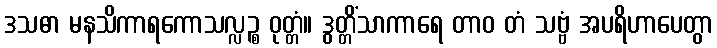
ဒသဓာ မနသိကာရကောသလ္လဉ္စ ဝုတ္တံ။ ဒွတ္တိံသာကာရေ တာဝ တံ သဗ္ဗံ အပရိဟာပေတွာ